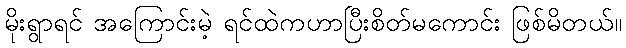
မိုးရွာရင် အကြောင်းမဲ့ ရင်ထဲကဟာပြီးစိတ်မကောင်း ဖြစ်မိတယ်။